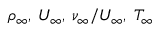
\rho _ { \infty } , \: U _ { \infty } , \: \nu _ { \infty } / U _ { \infty } , \; T _ { \infty }